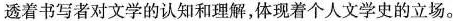
透着书写者对文学的认知和理解，体现着个人文学史的立场。